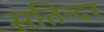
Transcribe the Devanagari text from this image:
सतिन्दर